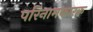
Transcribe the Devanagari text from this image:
परिनामकारक